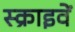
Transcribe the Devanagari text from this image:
स्क्राइवें